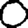
Digit: 0